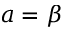
a = \beta